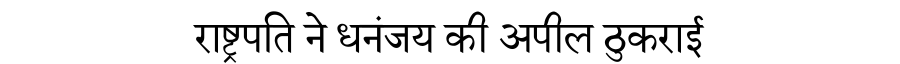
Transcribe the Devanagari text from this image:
राष्ट्रपति ने धनंजय की अपील ठुकराई